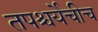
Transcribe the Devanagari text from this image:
तपश्चर्येचीच